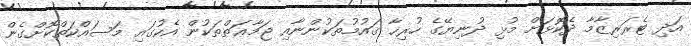
އަދި ޓެރަރިޒާމާ ދެކޮޅަށް މުޅި ދުނިޔޭގެ ހުރިހާ ޤައުމުތަކުންނާއި ޖަމާޢަތްތަކުން އެކުގައި މަސައްކަތްކޮށްގެން